Report on the bubonic plague in Bombay, 1896-1897
Year: 1896
Disease focus: Plague
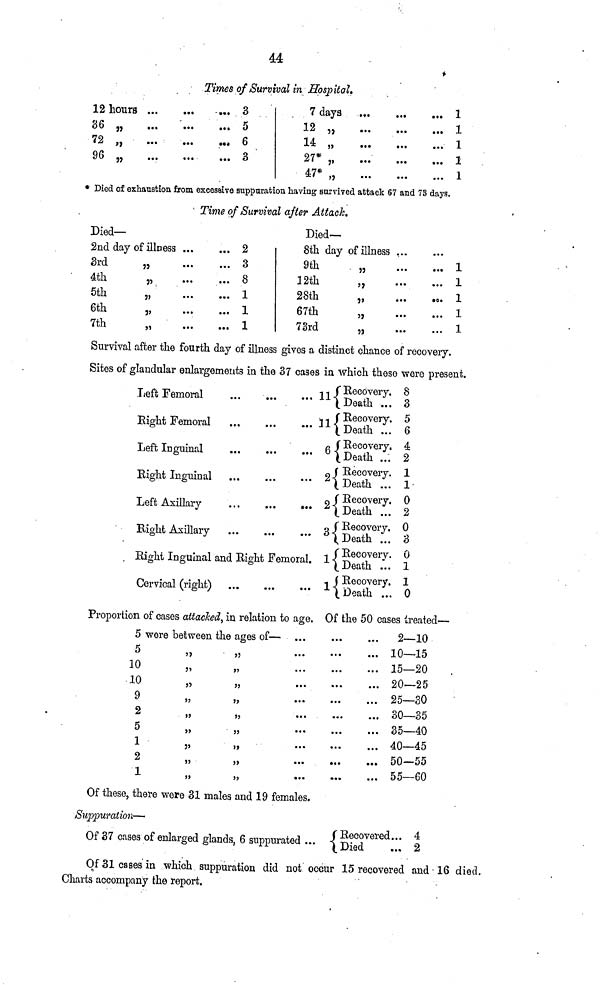
44
Times of Survival in Hospital.
12 hours
36 "
72 "
96 „
...
...
...
...
...
...
...
...
...
...
...
• ••
3
5
6
3
7 days
12 "
14 "
27* „
47* „
...
....
...
...
...
...
...
...
...
...
...
...
...
...
...
1
1
1
1
1
Died of exhaustion from excessive suppuration having survived attack 67 and 73 days.
Time of Survival after Attach.
Died—
2nd day of illness
3rd
„
4th
„
5th
„
6th
„
7th
...
...
...
...
...
...
...
...
...
...
...
...
2
3
8
1
1
1
Died—
8th day of illness
9th
„
32th
„
28th
„
67th
„
73rd
„
...
...
...
...
...
...
...
...
...
...
...
...
1
1
1
1
1
Survival after the fourth day of illness gives a distinct chance of recovery.
Sites of glandular enlargements in the 37 cases in which these were present.
Left Femoral
Eight Femoral
Left Inguinal
Bight Inguinal
Left Axillary
Bight Axillary
Bight Inguinal and
Cervical (right)
...
...
...
...
...
...
...
...
...
...
...
...
...
Right Femoral
...
...
...
...
...
...
...
oral.
...
11
11
6
2
3
1
1
Recovery.
Death ...
Recovery.
Death ...
Recovery.
Death ...
Recovery.
Death ...
Recovery.
Death ...
Recovery.
Death ...
Recovery.
Death ...
Recovery.
Death ...
8
3
5
6
4
2
1
1
0
2
0
3
0
1
1
0
Proportion of cases attacked, in relation to age. Of the 50 cases treated—
5 were between the ages of—
5
10
10
9
2
5
1
2
1
"
"
"
"
"
"
"
"
"
"
"
"
"
"
"
"
"
"
...
...
...
...
...
...
...
...
...
...
...
...
...
...
...
...
...
...
...
...
...
...
...
...
...
...
...
...
...
2—10
10—15
15—20
20—25
25—30
30—35
35—40
40—45
50—55
55—60
Of these, there were 31 males and 19 females.
Suppuration—
Of 37 cases of enlarged glands, 6 suppurated ... Recovered...
4
(Died
... 2
Of 31 cases in which suppuration did not occur 15 recovered and 16 died.
Charts accompany the report.